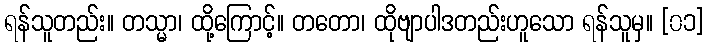
ရန်သူတည်း။ တသ္မာ၊ ထို့ကြောင့်။ တတော၊ ထိုဗျာပါဒတည်းဟူသော ရန်သူမှ။ [၀၁]